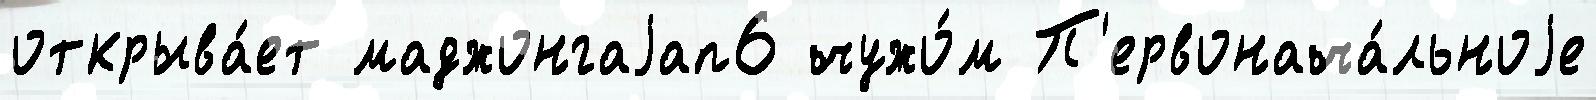
открыва́ет маджонгаjап6 чужо́м П'ервонача́льноjе